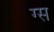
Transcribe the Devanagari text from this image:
ग्स